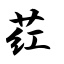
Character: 荭